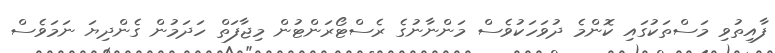
ފާއިތުވި މަސްތަކުގައި ކޮންމެ ދުވަހަކުވެސް މަންނާނުގެ ރެސްޓޯރަންޓުން މިޖާފަތް ހަދަމުން ގެންދިޔަ ނަމަވެސް